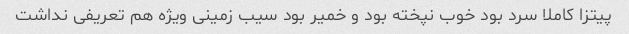
پیتزا کاملا سرد بود خوب نپخته بود و خمیر بود سیب زمینی ویژه هم تعریفی نداشت